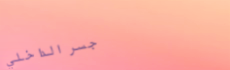
جسر الداخلي